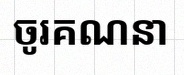
ចូរគណនា